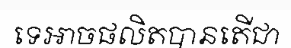
ទេអាចផលិតបានតើជា